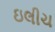
ઇલીચ